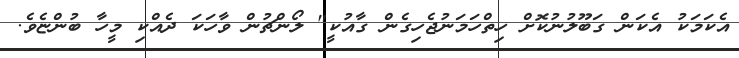
އެކަމަކު އެކަން ގަބޫލުނުކޮށް ހިތްހަމަނުޖެހިގެން ގާއުކީ" ލޯންޗުން ވާހަކަ ދެއްކި މީހާ ބުންޏެވެ.